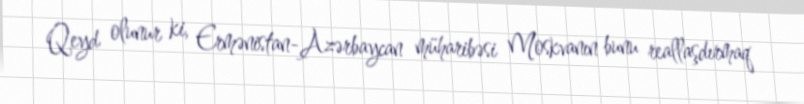
Qeyd olunur ki, Ermənistan-Azərbaycan müharibəsi Moskvanın bunu reallaşdırmaq